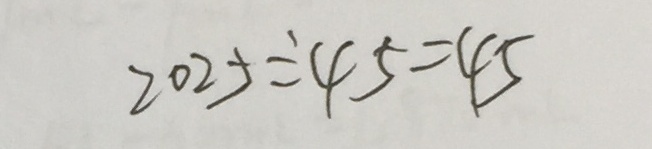
2 0 2 5 \div 4 5 = 4 5